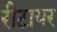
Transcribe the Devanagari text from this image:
रीटायर